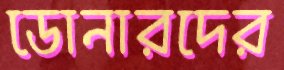
ডোনারদের